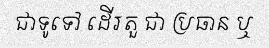
ជាទូទៅ ដើរតួ ជា ប្រធាន ឬ